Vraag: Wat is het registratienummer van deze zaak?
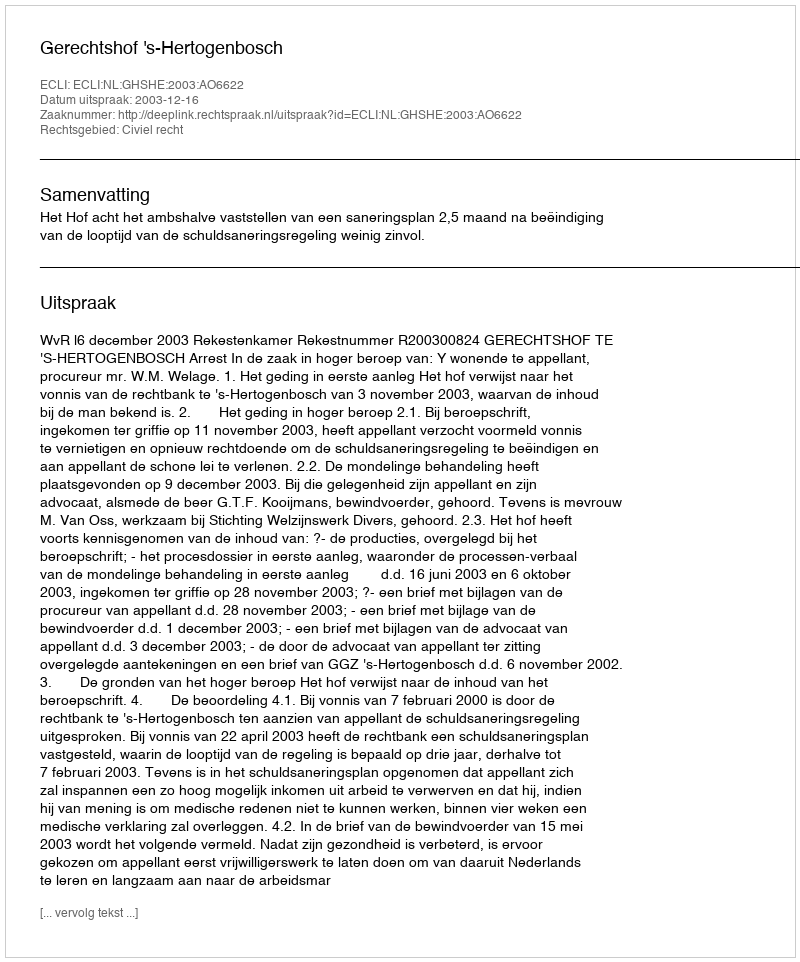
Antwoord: http://deeplink.rechtspraak.nl/uitspraak?id=ECLI:NL:GHSHE:2003:AO6622